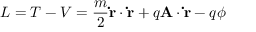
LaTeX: L = T - V = { \frac { m } { 2 } } \mathbf { \dot { r } } \cdot \mathbf { \dot { r } } + q \mathbf { A } \cdot \mathbf { \dot { r } } - q \phi